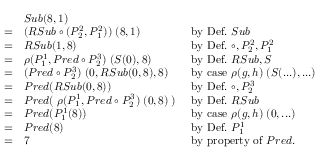
{ \begin{array} { l l l } & { S u b ( 8 , 1 ) } \\ { = } & { ( R S u b \circ ( P _ { 2 } ^ { 2 } , P _ { 1 } ^ { 2 } ) ) \; ( 8 , 1 ) } & { { \mathrm { ~ b y ~ D e f . ~ } } S u b } \\ { = } & { R S u b ( 1 , 8 ) } & { { \mathrm { ~ b y ~ D e f . ~ } } \circ , P _ { 2 } ^ { 2 } , P _ { 1 } ^ { 2 } } \\ { = } & { \rho ( P _ { 1 } ^ { 1 } , P r e d \circ P _ { 2 } ^ { 3 } ) \; ( S ( 0 ) , 8 ) } & { { \mathrm { ~ b y ~ D e f . ~ } } R S u b , S } \\ { = } & { ( P r e d \circ P _ { 2 } ^ { 3 } ) \; ( 0 , R S u b ( 0 , 8 ) , 8 ) } & { { \mathrm { ~ b y ~ c a s e ~ } } \rho ( g , h ) \; ( S ( . . . ) , . . . ) } \\ { = } & { P r e d ( R S u b ( 0 , 8 ) ) } & { { \mathrm { ~ b y ~ D e f . ~ } } \circ , P _ { 2 } ^ { 3 } } \\ { = } & { P r e d ( \; \rho ( P _ { 1 } ^ { 1 } , P r e d \circ P _ { 2 } ^ { 3 } ) \; ( 0 , 8 ) \; ) } & { { \mathrm { ~ b y ~ D e f . ~ } } R S u b } \\ { = } & { P r e d ( P _ { 1 } ^ { 1 } ( 8 ) ) } & { { \mathrm { ~ b y ~ c a s e ~ } } \rho ( g , h ) \; ( 0 , . . . ) } \\ { = } & { P r e d ( 8 ) } & { { \mathrm { ~ b y ~ D e f . ~ } } P _ { 1 } ^ { 1 } } \\ { = } & { 7 } & { { \mathrm { ~ b y ~ p r o p e r t y ~ o f ~ } } P r e d . } \end{array} }